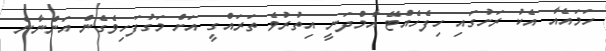
ހަމައެއާ އެކު ރަށުގައި ހިފެހެއްޓޭ އާމްދަނީ އިތުރުވެ ތަރައްގީ އަށް މަގުފަހިވެގެން އަންނާނެ